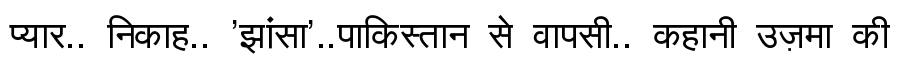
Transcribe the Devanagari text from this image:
प्यार.. निकाह.. 'झांसा'..पाकिस्तान से वापसी.. कहानी उज़मा की